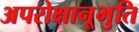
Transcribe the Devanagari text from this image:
अपरोक्षानूभुति